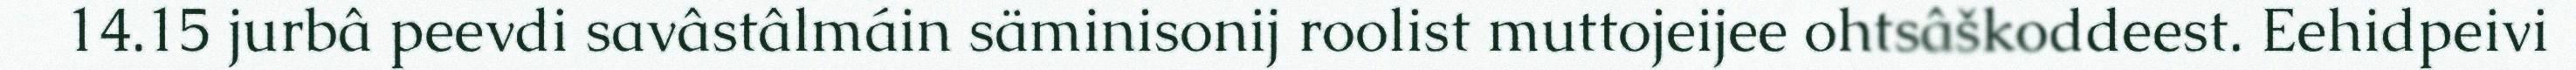
14.15 jurbâ peevdi savâstâlmáin säminisonij roolist muttojeijee ohtsâškoddeest. Eehidpeivi